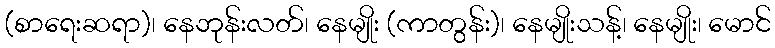
(စာရေးဆရာ)၊ နေဘုန်းလတ်၊ နေမျိုး (ကာတွန်း)၊ နေမျိုးသန့်၊ နေမျိုး၊ မောင်